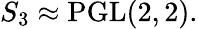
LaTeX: S_{3}\approx\mathrm{PGL}(2,2).